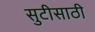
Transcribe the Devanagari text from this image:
सुटीसाठी